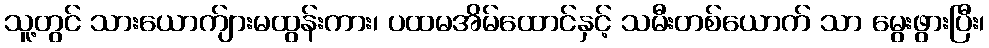
သူ့တွင် သားယောက်ျားမထွန်းကား၊ ပထမအိမ်ထောင်နှင့် သမီးတစ်ယောက် သာ မွေးဖွားပြီး၊